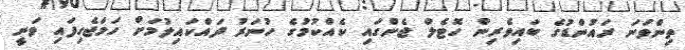
ތިންވަނަ ރައުންޑުގެ ބައިވެރިން ހޮޓެލް ޖެންގައި ކެއްކުމުގެ ހުނަރު ދައްކައިލުމަށް ހަމަޖެހިފައި ވަނީ